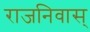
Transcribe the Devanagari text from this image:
राजनिवास्